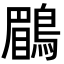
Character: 鶥